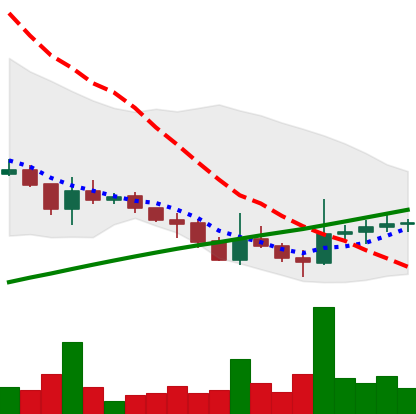
Ticker: DOGE-USD
Chart end date: 2021-07-25
Forward return: 5.538%
Label: up_5_7